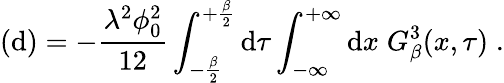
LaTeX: (\mathrm{d})=-\frac{{\lambda^{2}\phi_{0}^{2}}}{{12}}\int_{-\frac{{\beta}}{{2}}}^{+\frac{{\beta}}{{2}}}\mathrm{d}\tau\int_{-\infty}^{+\infty}\mathrm{d}x\; G_{\beta}^{3}(x,\tau)\; .